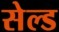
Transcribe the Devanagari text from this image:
सेल्ड